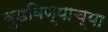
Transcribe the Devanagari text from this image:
बुडविण्याच्या